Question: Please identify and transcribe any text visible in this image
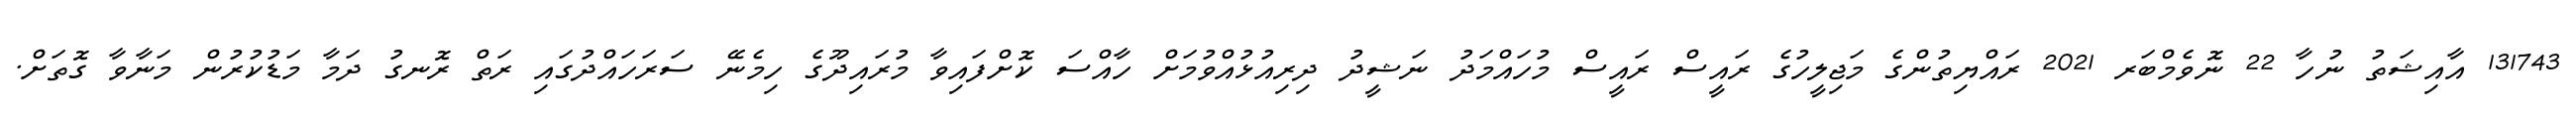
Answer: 131743 އާއިޝަތު ނުހާ 22 ނޮވެމްބަރ 2021 ރައްޔިތުންގެ މަޖިލީހުގެ ރައީސް ރައީސް މުހައްމަދު ނަޝީދު ދިރިއުޅުއްވުމަށް ހާއްސަ ކޮށްފައިވާ މުރައިދޫގެ ހިމެނޭ ސަރަހައްދުގައި ރަތް ރޮނގު ދަމާ މަޑުކުރުން މަނާވާ ގޮތަށް.